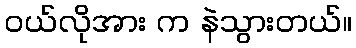
ဝယ်လိုအား က နဲသွားတယ်။